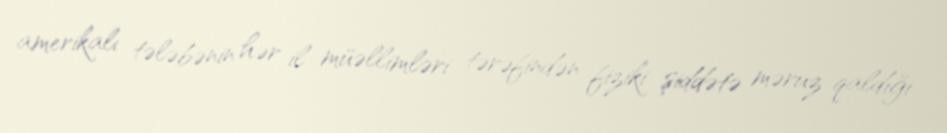
amerikalı tələbənin hər il müəllimləri tərəfindən fiziki şiddətə məruz qaldığı